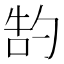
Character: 𫧂